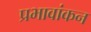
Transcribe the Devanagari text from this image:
प्रभावांकन